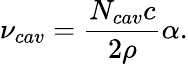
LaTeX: \nu_{cav}=\frac{N_{cav}c}{2\rho}\alpha.